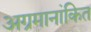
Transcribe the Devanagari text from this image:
अग्रमानांकित